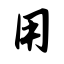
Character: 用